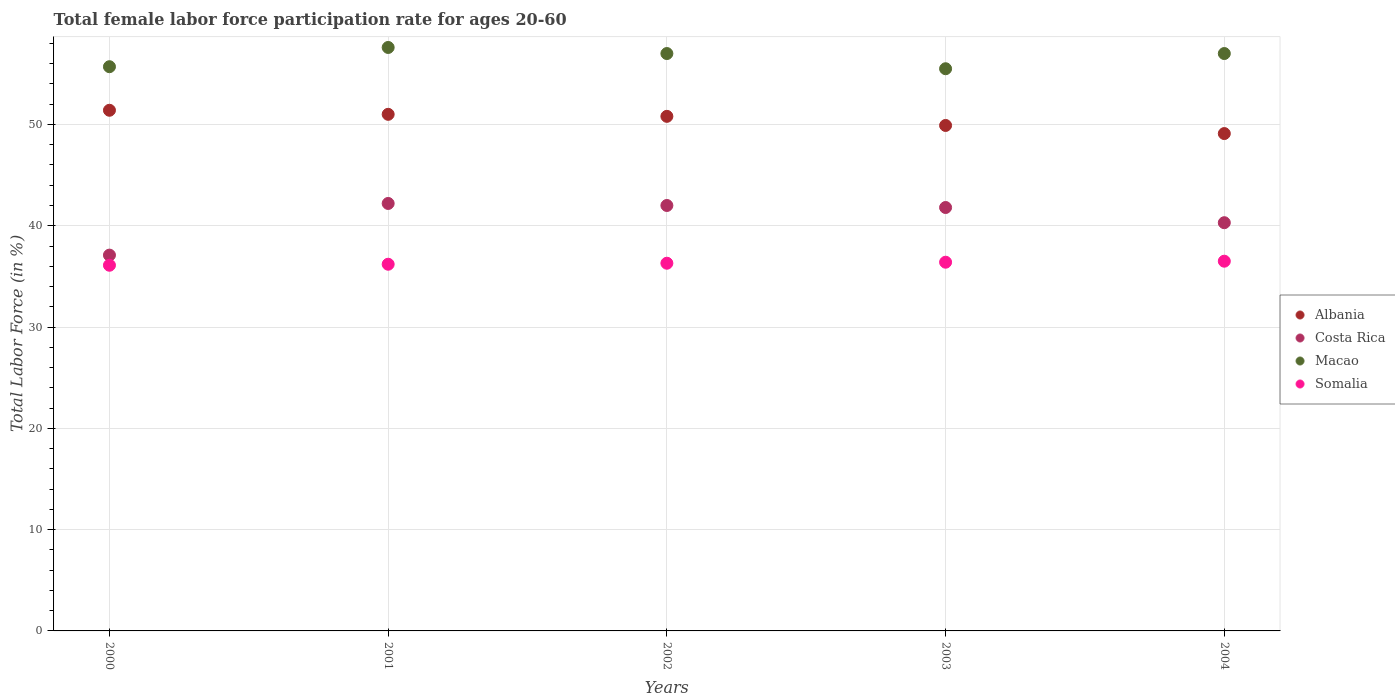
| Years | Albania | Costa Rica | Macao | Somalia |
 | --- | --- | --- | --- | --- |
 | 2000 | 51.4 | 37.1 | 55.7 | 36.1 |
 | 2001 | 51 | 42.2 | 57.6 | 36.2 |
 | 2002 | 50.8 | 42 | 57 | 36.3 |
 | 2003 | 49.9 | 41.8 | 55.5 | 36.4 |
 | 2004 | 49.1 | 40.3 | 57 | 36.5 |